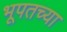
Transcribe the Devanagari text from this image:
भूपतच्या